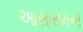
આસારામનો